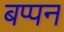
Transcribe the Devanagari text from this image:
बप्पन